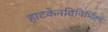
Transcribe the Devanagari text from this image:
हाटकेनविनिर्मितम